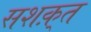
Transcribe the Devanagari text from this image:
सशक़्त